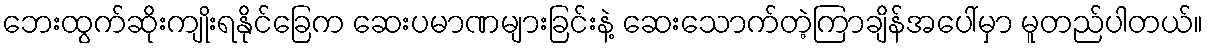
ဘေးထွက်ဆိုးကျိုးရနိုင်ခြေက ဆေးပမာဏများခြင်းနဲ့ ဆေးသောက်တဲ့ကြာချိန်အပေါ်မှာ မူတည်ပါတယ်။